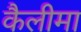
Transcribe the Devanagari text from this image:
कैलीमा